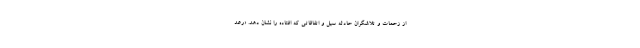
از زحمات و تلاشگران حادثه سیل و اتفاقاتی که افتاده را نشان دهد. «رعد